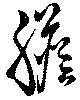
膽